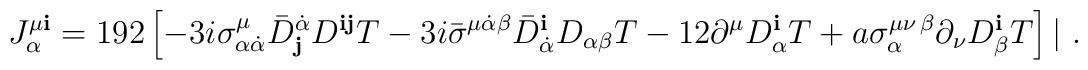
J_\alpha^{\mu {\mathbf i}} = 192 \left[-3 i \sigma^\mu_{\alpha\dot\alpha} {\bar  D}^{\dot\alpha}_{\mathbf j}  D^{{\mathbf i}{\mathbf j}} T- 3 i{\bar\sigma}^{\mu\dot\alpha\beta} {\bar D}^{\mathbf i}_{\dot\alpha}D_{\alpha\beta} T- 12  \partial^\mu D^{\mathbf i}_\alpha T+   a \sigma_\alpha^{\mu\nu\,\beta} \partial_\nu D_\beta^{\mathbf i}T \right]| \ .